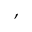
{ \bf \beta , \gamma }